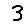
Digit: 3